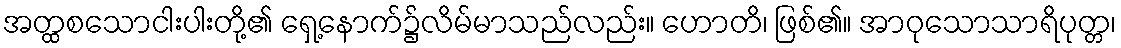
အတ္ထစသောငါးပါးတို့၏ ရှေ့နောက်၌လိမ်မာသည်လည်း။ ဟောတိ၊ ဖြစ်၏။ အာဝုသောသာရိပုတ္တ၊